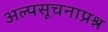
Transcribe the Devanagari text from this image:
अल्पसूचनाप्रश्न